Annual report on the working of the lock hospitals in the North-Western Provinces and Oudh
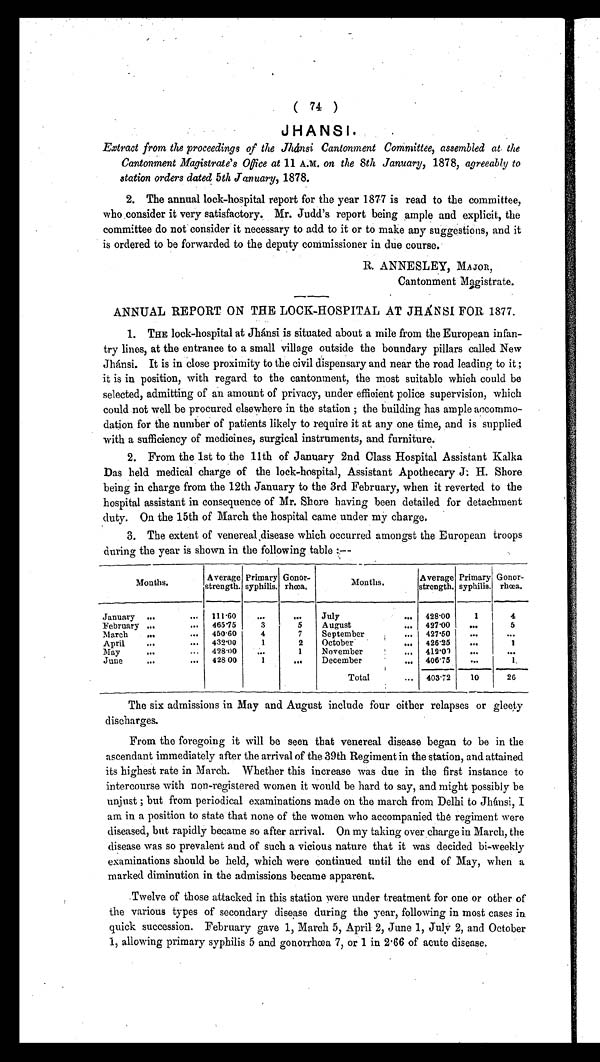
( 74 )
JHANSI.
Extract from the proceedings of the Jhánsi Cantonment Committee, assembled at. the
Cantonment Magistrate's Office at 11 A.M. on the 8th January, 1878, agreeably to
station orders dated 5th January, 1878.
2. The annual lock-hospital report for the year 1877 is read to the committee,
who consider it very satisfactory. Mr. Judd's report being ample and explicit, the
committee do not consider it necessary to add to it or to make any suggestions, and it
is ordered to be forwarded to the deputy commissioner in due course.
R. ANNESLEY, MAJOR,
Cantonment Magistrate.
ANNUAL REPORT ON THE LOCK-HOSPITAL AT JHÁNSI FOR 1877.
1. THE lock-hospital at Jhánsi is situated about a mile from the European infan-
try lines, at the entrance to a small village outside the boundary pillars called New
Jhánsi. It is in close proximity to the civil dispensary and near the road leading to it
i t ; i s i n p o s i t i o n , w i t h r e g a r d t o t h e c a n t o n m e n t , t h e m o s t s u i t a b l e w h i c h c o u l d b e
selected, admitting of an amount of privacy, under efficient police supervision, which
could not well be procured elsewhere in the station ; the building has ample accommo-
dation for the number of patients likely to require it at any one time, and is supplied
with a sufficiency of medicines, surgical instruments, and furniture.
2. From the 1st to the 11th of January 2nd Class Hospital Assistant Kalka
Das held medical charge of the lock-hospital, Assistant Apothecary J. H. Shore
being in charge from the 12th January to the 3rd February, when it reverted to the
hospital assistant in consequence of Mr. Shore having been detailed for detachment
duty. On the 15th of March the hospital came under my charge.
3. The extent of venereal ,disease which occurred amongst the European troops
during the year is shown in the following table :--
Months.
Average
strength.
Primary
syphilis.
Gonor-
rhœa.
M o n t h s .
Average
strength.
Primary
syphilis.
Goner-
rhœa.
January ...
... 111.60 ...
. . . July
. . . 428.00
1
4
February ...
... 465.75
3
5 August
... 427.00 ...
5
March ...
... 450.60
4
7 September... 427.50
. . .
. . .
April ...
... 432.00
1
2 October
... 426.25 ...
1
May
...
... 428.0
. . .
1 November
... 412.01
. . .
. . .
June
...
... 428 00
1
. . . December
' ... 406.75
. . .
1.
Total
... 403.72 10
26
The six admissions in May and August include four either relapses or gleety
discharges.
From the foregoing it will be seen that venereal disease began to be in the
ascendant immediately after the arrival of the 39th Regiment in the station, and attained
its highest rate in March. Whether this increase was due in the first instance to
intercourse with non-registered women it would be hard to say, and might possibly be
unjust ; but from periodical examinations made on the march from Delhi to Jhánsi, I
am in a position to state that none of the women who accompanied the regiment were
diseased., but rapidly became so after arrival. On my taking over charge in March, the
disease was so prevalent and of such a vicious nature that it was decided bi-weekly
examinations should be held, which were continued until the end of May, when a
marked diminution in the admissions became apparent.
Twelve of those attacked in this station were under treatment for one or other of
the various types of secondary disease during the year, following in most cases in
quick succession. February gave 1, March 5, April 2, June 1, July 2, and October
1, allowing primary syphilis 5 and gonorrhœa 7, or 1 in 2.66 of acute disease.